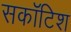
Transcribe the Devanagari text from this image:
सकॉटिश